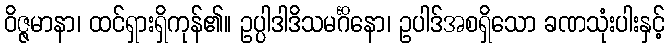
ဝိဇ္ဇမာနာ၊ ထင်ရှားရှိကုန်၏။ ဥပ္ပါဒါဒိသမင်္ဂိနော၊ ဥပါဒ်အစရှိသော ခဏသုံးပါးနှင့်